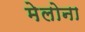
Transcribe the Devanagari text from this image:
मेलोना